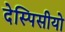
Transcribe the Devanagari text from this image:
देस्पिसीयो